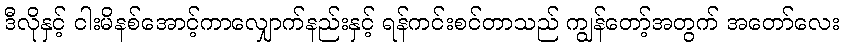
ဒီလိုနှင့် ငါးမိနစ်အောင့်ကာလျှောက်နည်းနှင့် ရန်ကင်းစင်တာသည် ကျွန်တော့်အတွက် အတော်လေး